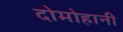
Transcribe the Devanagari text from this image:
दोमोहानी